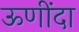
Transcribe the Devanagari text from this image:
ऊणींदा